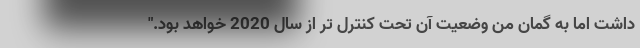
داشت اما به گمان من وضعیت آن تحت کنترل تر از سال 2020 خواهد بود."